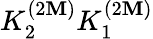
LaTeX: K_{2}^{(2\mathbf{M})}K_{1}^{(2\mathbf{M})}